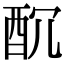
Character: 𨠁